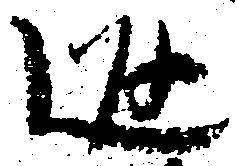
返